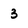
Character: 3